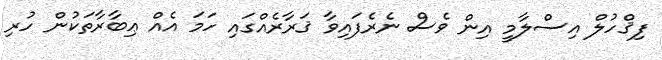
ފިޤްހުލް އިސްލާމީ އިން ވެސް ނެރެފައިވާ ޤަރާރެއްގައި ހަމަ އެއް ޢިބާރާތަކުން ހުރި